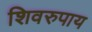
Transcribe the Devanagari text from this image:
शिवरुपाय